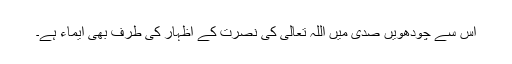
اس سے چودھویں صدی میں اللہ تعالیٰ کی نصرت کے اظہار کی طرف بھی ایماء ہے۔